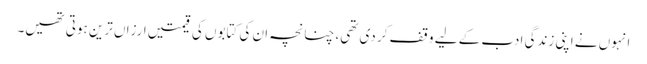
انہوں نے اپنی زندگی ادب کے لیے وقف کر دی تھی، چنانچہ ان کی کتابوں کی قیمتیں ارزاں ترین ہوتی تھیں۔